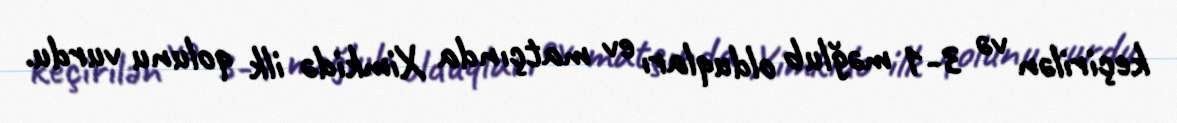
keçirilən və 3-1 məğlub olduqları ev matçında Ximkidə ilk qolunu vurdu.